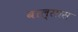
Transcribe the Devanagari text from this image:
बाल्सास